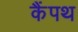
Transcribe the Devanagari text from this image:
कैंपथ